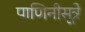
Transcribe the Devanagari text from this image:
पाणिनीसूत्रे